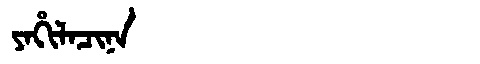
Manchu: ᠶᠠᡥᡳᠯᠠᠴᡳᠨᠠ
Romanization: YAHILACINA